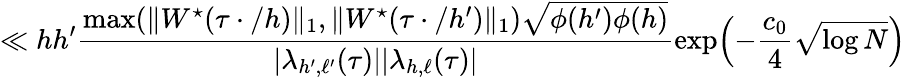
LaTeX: \ll hh^{\prime}\frac{\operatorname*{max}(\| W^{\star}(\tau\cdot/h)\| _{1},\| W^{\star}(\tau\cdot/h^{\prime})\| _{1})\sqrt{\phi(h^{\prime})\phi(h)}}{|\lambda_{h^{\prime},\ell^{\prime}}(\tau)||\lambda_{h,\ell}(\tau)|}\exp\Bigl(-\frac{c_{0}}{4}\sqrt{\log N}\Bigr)